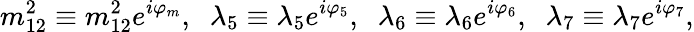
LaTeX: m_{12}^{2}\equiv m_{12}^{2}e^{i\varphi_{m}},\; \; \lambda_{5}\equiv\lambda_{5}e^{i\varphi_{5}},\; \; \lambda_{6}\equiv\lambda_{6}e^{i\varphi_{6}},\; \; \lambda_{7}\equiv\lambda_{7}e^{i\varphi_{7}},